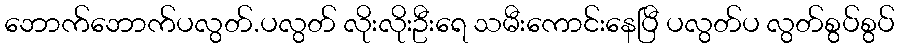
ဘောက်ဘောက်ပလွတ်.ပလွတ် လိုးလိုးဦးရေ သမီးကောင်းနေပြီ ပလွတ်ပ လွတ်စွပ်စွပ်